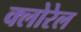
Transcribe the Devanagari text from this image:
क्लोरेल